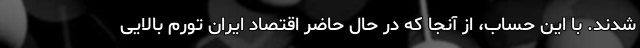
شدند. با این حساب، از آنجا که در حال حاضر اقتصاد ایران تورم بالایی